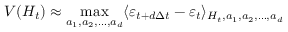
V ( H _ { t } ) \approx \operatorname* { m a x } _ { a _ { 1 } , a _ { 2 } , \dots , a _ { d } } \langle \varepsilon _ { t + d \Delta t } - \varepsilon _ { t } \rangle _ { H _ { t } , a _ { 1 } , a _ { 2 } , \dots , a _ { d } }